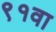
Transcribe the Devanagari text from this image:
९१वा